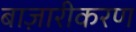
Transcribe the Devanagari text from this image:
बाज़ारीकरण